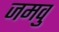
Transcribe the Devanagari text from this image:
जमवु